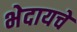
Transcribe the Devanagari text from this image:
भेदायचे